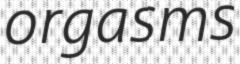
orgasms